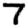
Digit: 7